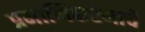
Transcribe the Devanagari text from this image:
प्रमाणिकरणाचे